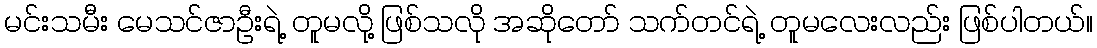
မင်းသမီး မေသင်ဇာဦးရဲ့ တူမလို့ ဖြစ်သလို အဆိုတော် သက်တင်ရဲ့ တူမလေးလည်း ဖြစ်ပါတယ်။